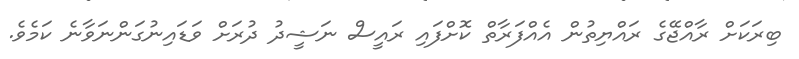
ބިރަކަށް ރާއްޖޭގެ ރައްޔިތުން އެއްފަރާތް ކޮށްފައި ރައީސް ނަޝީދު ދުރަށް ވަޑައިނުގަންނަވާނެ ކަމެވެ.